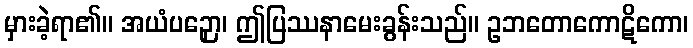
မှားခဲ့ရာ၏။ အယံပဉှော၊ ဤပြဿနာမေးခွန်းသည်။ ဥဘတောကောဋိကော၊